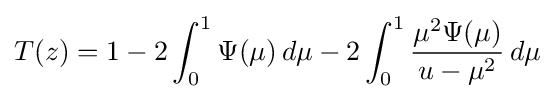
T(z)=1-2\int _{0}^{1}\Psi (\mu )\,d\mu -2\int _{0}^{1}{\frac {\mu ^{2}\Psi (\mu )}{u-\mu ^{2}}}\,d\mu